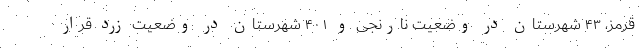
قرمز، ۴۳ شهرستان در وضعیت نارنجی و ۴۰۱ شهرستان در وضعیت زرد قرار